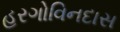
હરગોવિનદાસ